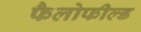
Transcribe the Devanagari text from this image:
फैलोफील्ड